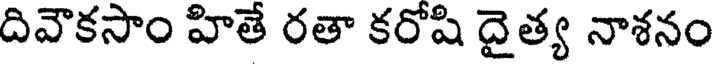
దివౌకసాం హితే రతా కరోషి దైత్య నాశనం